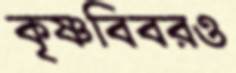
কৃষ্ণবিবরও